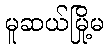
မူဆယ်မြို့မ